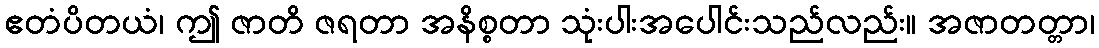
ဧတံပိတယံ၊ ဤ ဇာတိ ဇရတာ အနိစ္စတာ သုံးပါးအပေါင်းသည်လည်း။ အဇာတတ္တာ၊